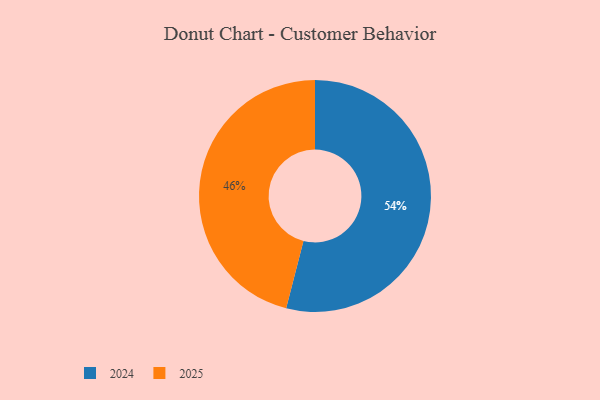
{"axis": {"x": "Category", "y": "Percentage"}, "legend": ["2024", "2025"], "data": [{"x": "2024", "y": 54, "type": "2024"}, {"x": "2025", "y": 46, "type": "2025"}]}